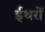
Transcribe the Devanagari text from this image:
ईथरों